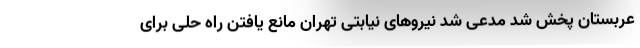
عربستان پخش شد مدعی شد نیروهای نیابتی تهران مانع یافتن راه حلی برای